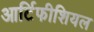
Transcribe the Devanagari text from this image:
आर्टिफीशियल